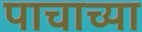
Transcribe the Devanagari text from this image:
पाचाच्या